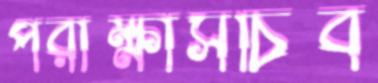
পরীক্ষাসচিব